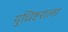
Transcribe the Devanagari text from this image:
युधिष्टराला